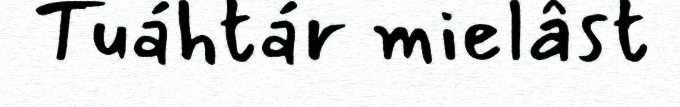
Tuáhtár mielâst